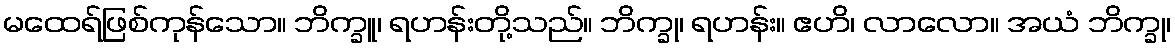
မထေရ်ဖြစ်ကုန်သော။ ဘိက္ခူ၊ ရဟန်းတို့သည်။ ဘိက္ခု၊ ရဟန်း။ ဧဟိ၊ လာလော။ အယံ ဘိက္ခု၊